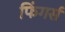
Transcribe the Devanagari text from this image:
फिंगर्स